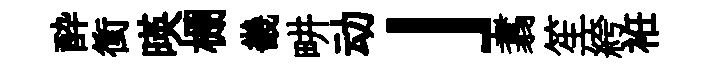
酔衝暎棚畿畊动」翥笙絝袵